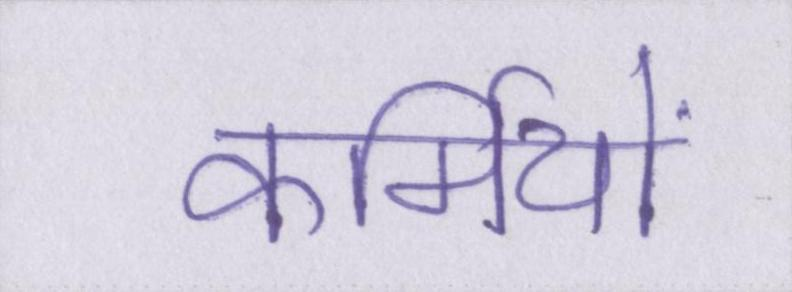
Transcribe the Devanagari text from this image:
कर्मियों